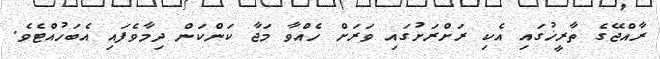
ރާއްޖޭގެ ތާރީޚުގައި އެކި ރަށްރަށުގައި ވަރަށް ހެއްވާ މަޖާ ކަންކަން ދިމާވެފައި އެބަހުއްޓެވެ.